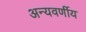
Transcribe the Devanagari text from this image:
अन्यवर्णीय